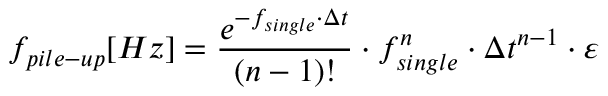
f _ { p i l e - u p } [ H z ] = \frac { e ^ { - f _ { s i n g l e } \cdot \Delta t } } { ( n - 1 ) ! } \cdot f _ { s i n g l e } ^ { n } \cdot \Delta t ^ { n - 1 } \cdot \varepsilon